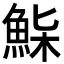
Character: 𩷌